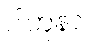
ပါဟုနာ